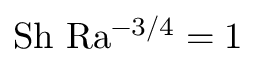
\mathrm { S h \ R a ^ { - 3 / 4 } = 1 }